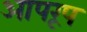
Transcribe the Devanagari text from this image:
आपरूप